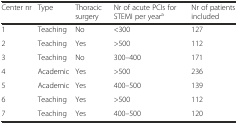
| Center nr | Type | Thoracic surgery | Nr of acute PCIs for STEMI per yeara | Nr of patients included |
 | --- | --- | --- | --- | --- |
 | 1 | Teaching | No | <300 | 127 |
 | 2 | Teaching | Yes | >500 | 112 |
 | 3 | Teaching | No | 300–400 | 171 |
 | 4 | Academic | Yes | >500 | 236 |
 | 5 | Academic | Yes | 400–500 | 139 |
 | 6 | Teaching | Yes | >500 | 112 |
 | 7 | Teaching | Yes | 400–500 | 120 |